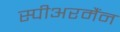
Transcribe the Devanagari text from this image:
स्पीअरमैंन